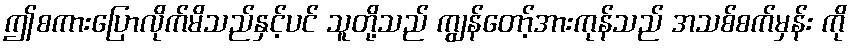
ဤစကားပြောလိုက်မိသည်နှင့်ပင် သူတို့သည် ကျွန်တော့်အားကုန်သည် အသစ်စက်မှန်း ကို